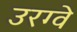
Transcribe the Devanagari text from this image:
उरग्वे